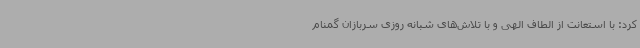
کرد: با استعانت از الطاف الهی و با تلاش‌های شبانه روزی سربازان گمنام